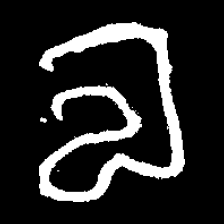
Pyu character \u2014 Myanmar letter: လ (romanized: la)